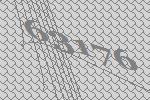
63176